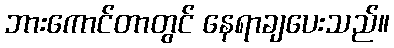
ဘားကောင်တာတွင် နေရာချပေးသည်။